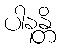
ပါနန္တိ